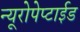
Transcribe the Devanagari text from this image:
न्यूरोपेप्टाईड